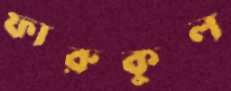
ফারুকুল